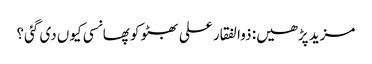
مزید پڑھیں: ذوالفقار علی بھٹو کو پھانسی کیوں‌ دی گئی؟